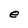
Character: e